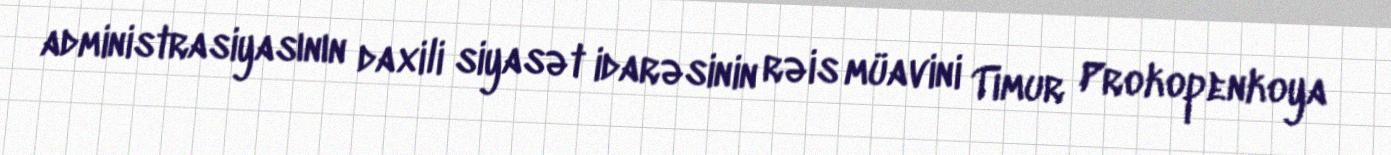
administrasiyasının daxili siyasət idarəsinin rəis müavini Timur Prokopenkoya